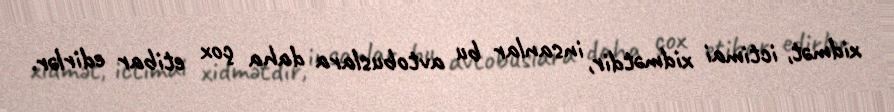
xidmət, ictimai xidmətdir, insanlar bu avtobuslara daha çox etibar edirlər.